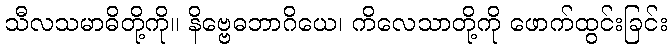
သီလသမာဓိတို့ကို။ နိဗ္ဗေဓဘာဂိယေ၊ ကိလေသာတို့ကို ဖောက်ထွင်းခြင်း